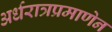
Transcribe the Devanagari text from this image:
अर्धरात्रप्रमाणेन